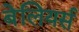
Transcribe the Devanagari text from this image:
बेलियर्स